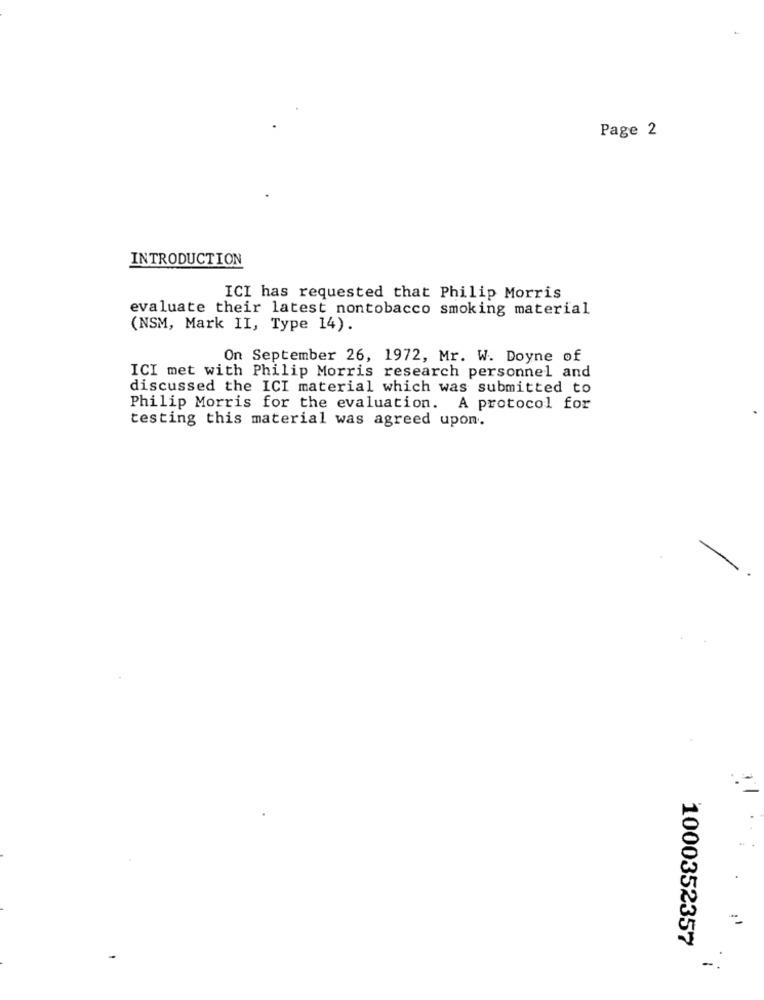
Page 2
INTRODUCTION
ICI has requested that Philip Morris
evaluate their latest nontobacco smoking material
(NSM, Mark II, Type 14).
On September 26, 1972, Mr. W. Doyne of
ICI met with Philip Morris research personnel and
discussed the ICI material which was submitted to
Philip Morris for the evaluation. A protocol for
testing this material was agreed upon.
1000352357
-